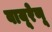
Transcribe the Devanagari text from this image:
वायूरेणू